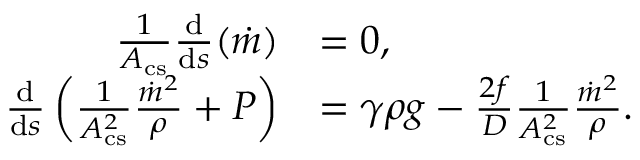
\begin{array} { r l } { \frac { 1 } { A _ { \mathrm { c s } } } \frac { \mathrm { d } } { \mathrm { d } s } ( \dot { m } ) } & { = 0 , } \\ { \frac { \mathrm { d } } { \mathrm { d } s } \left( \frac { 1 } { A _ { \mathrm { c s } } ^ { 2 } } \frac { \dot { m } ^ { 2 } } { \rho } + P \right) } & { = \gamma \rho g - \frac { 2 f } { D } \frac { 1 } { A _ { \mathrm { c s } } ^ { 2 } } \frac { \dot { m } ^ { 2 } } { \rho } . } \end{array}